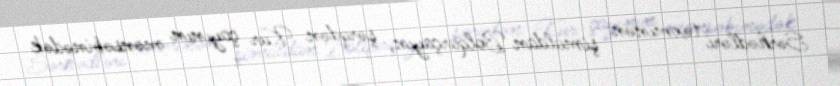
Sərhədləri təxminən şimaldan Bolqarçayın, şərqdən Kür çayının mənsəbinədək